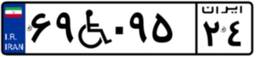
۶۹W۰۹۵۲۴